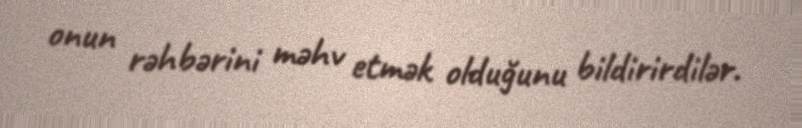
onun rəhbərini məhv etmək olduğunu bildirirdilər.